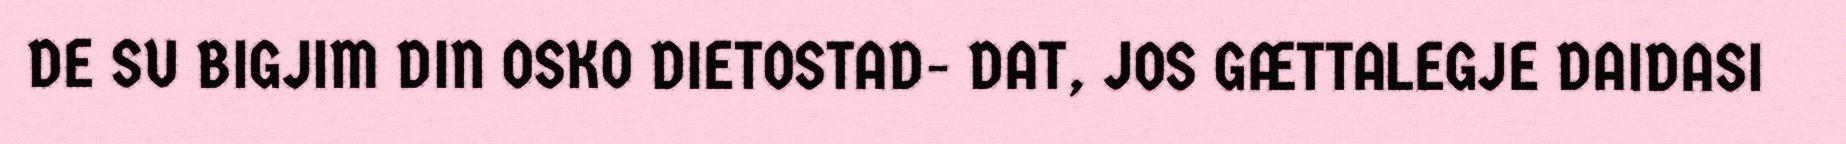
DE SU BIGJIM DIN OSKO DIETOSTAD- DAT, JOS GÆTTALEGJE DAIDASI